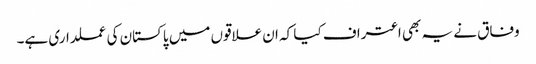
وفاق نے یہ بھی اعتراف کیا کہ ان علاقوں میں پاکستان کی عملداری ہے۔